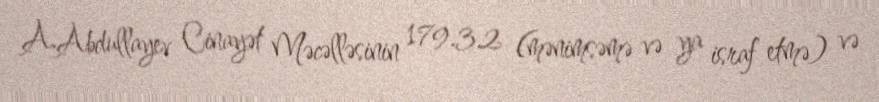
A.Abdullayev Cinayət Məcəlləsinin 179.3.2 (mənimsəmə və ya israf etmə) və